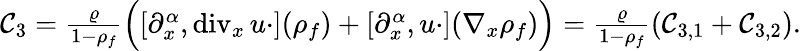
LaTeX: \begin{array}{r}{\mathcal{C}_{3}=\frac{\varrho}{1-\rho_{f}}\Big([\partial_{x}^{\alpha},\mathrm{div}_{x}\, u\cdot](\rho_{f})+[\partial_{x}^{\alpha},u\cdot](\nabla_{x}\rho_{f})\Big)=\frac{\varrho}{1-\rho_{f}}\left(\mathcal{C}_{3,1}+\mathcal{C}_{3,2}\right).}\end{array}